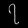
Digit: ၇